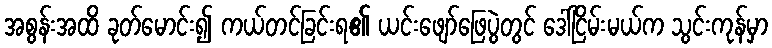
အစွန်းအထိ ခုတ်မောင်း၍ ကယ်တင်ခြင်းရ၏ ယင်းဖျော်ဖြေပွဲတွင် ဒေါ်ငြိမ်းမယ်က သွင်းကုန်မှာ